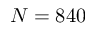
N = 8 4 0